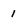
Character: 1